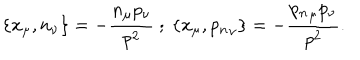
LaTeX: \{ x _ { \mu } , n _ { \nu } \} = - \frac { n _ { \mu } p _ { \nu } } { p ^ { 2 } } ~ ; ~ \{ x _ { \mu } , { p _ { n } } _ { \nu } \} = - \frac { { p _ { n } } _ { \mu } p _ { \nu } } { p ^ { 2 } } .